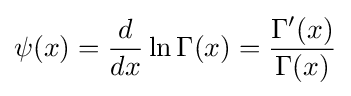
\psi (x)={\frac {d}{dx}}\ln \Gamma (x)={\frac {\Gamma '(x)}{\Gamma (x)}}